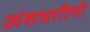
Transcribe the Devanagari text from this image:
अंशधारियो